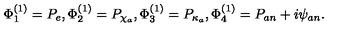
\Phi _ { 1 } ^ { ( 1 ) } = P _ { e } , \Phi _ { 2 } ^ { ( 1 ) } = P _ { \chi _ { a } } , \Phi _ { 3 } ^ { ( 1 ) } = P _ { \kappa _ { a } } , \Phi _ { 4 } ^ { ( 1 ) } = P _ { a n } + i \psi _ { a n } .